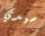
سيدي